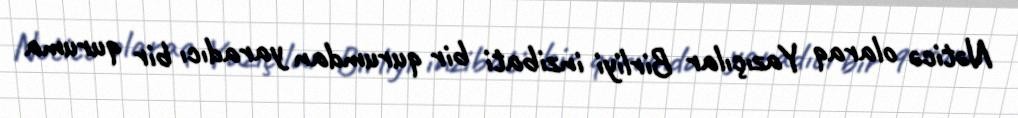
Nəticə olaraq Yazıçılar Birliyi inzibati bir qurumdan yaradıcı bir quruma